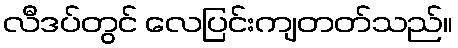
လီဒပ်တွင် လေပြင်းကျတတ်သည်။